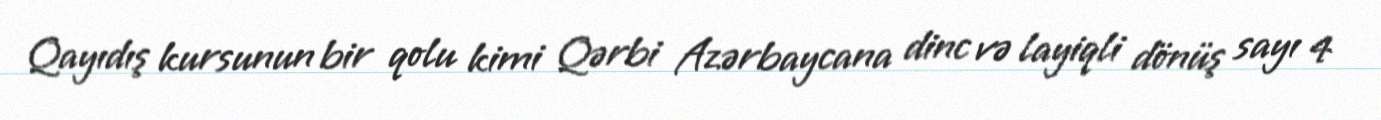
Qayıdış kursunun bir qolu kimi Qərbi Azərbaycana dinc və layiqli dönüş sayı 4